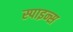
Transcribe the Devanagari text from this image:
स्पाइन्स